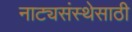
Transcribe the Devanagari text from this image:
नाट्यसंस्थेसाठी